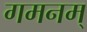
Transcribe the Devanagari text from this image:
गमनम्